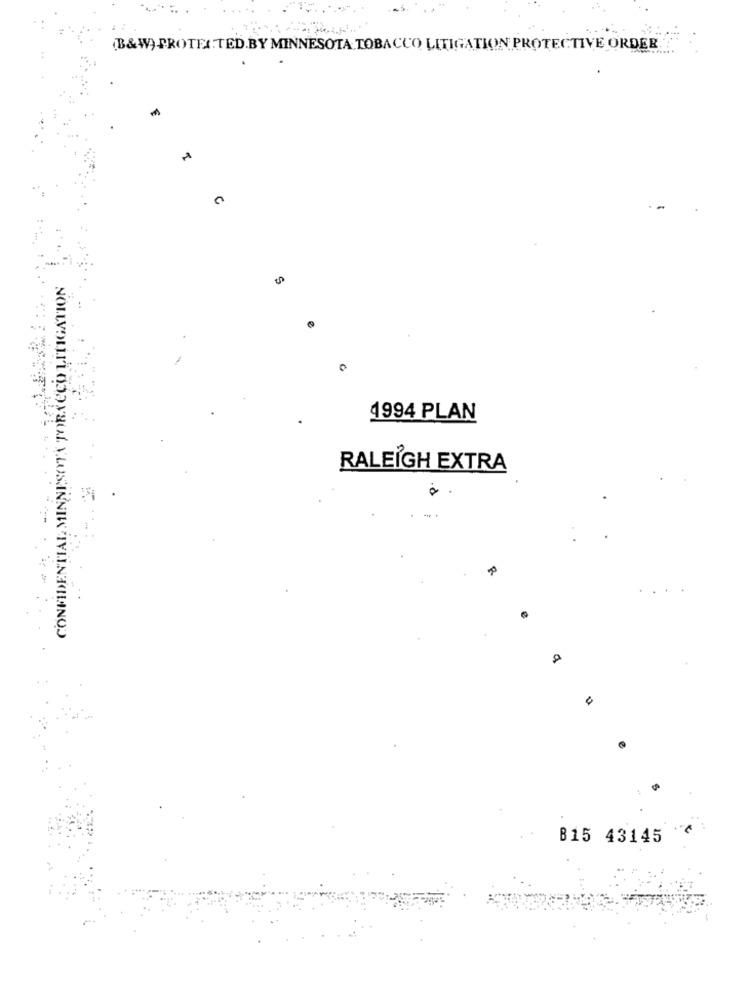
B&W) PROTEA.TED.BY MINNESOTA TOBACCO LITIGATION PROTECTIVE ORDER.
A
CONFIDENTIAL MINNESOTA TOBACCO LITIGATION
0
4994 PLAN
RALEIGH EXTRA
B15 43145